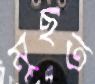
মুছত